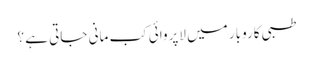
طبی کاروبار میں لاپروائی کب مانی جاتی ہے ؟